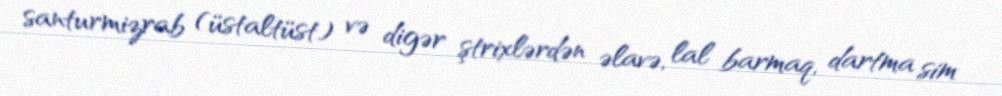
santurmizrab (üstaltüst) və digər ştrixlərdən əlavə, lal barmaq, dartma sim